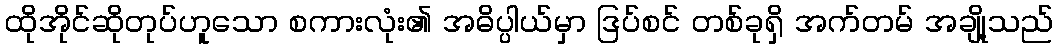
ထိုအိုင်ဆိုတုပ်ဟူသော စကားလုံး၏ အဓိပ္ပါယ်မှာ ဒြပ်စင် တစ်ခုရှိ အက်တမ် အချို့သည်